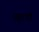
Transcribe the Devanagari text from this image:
खुरपौ